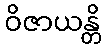
ဝိဇာယန္တိ